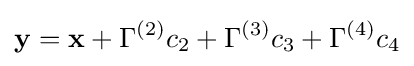
{\mathbf {y} =\mathbf {x} +\Gamma ^{(2)}c_{2}+\Gamma ^{(3)}c_{3}+\Gamma ^{(4)}c_{4}}